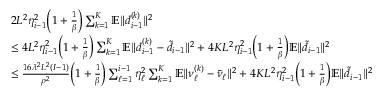
\begin{array} { r l } & { 2 L ^ { 2 } \eta _ { i - 1 } ^ { 2 } \bigg ( 1 + \frac { 1 } { \beta } \bigg ) \sum _ { k = 1 } ^ { K } \mathbb { E } \| d _ { i - 1 } ^ { ( k ) } \| ^ { 2 } } \\ & { \leq 4 L ^ { 2 } \eta _ { i - 1 } ^ { 2 } \bigg ( 1 + \frac { 1 } { \beta } \bigg ) \sum _ { k = 1 } ^ { K } \mathbb { E } \| d _ { i - 1 } ^ { ( k ) } - \tilde { d } _ { i - 1 } \| ^ { 2 } + 4 K L ^ { 2 } \eta _ { i - 1 } ^ { 2 } \bigg ( 1 + \frac { 1 } { \beta } \bigg ) \mathbb { E } \| \tilde { d } _ { i - 1 } \| ^ { 2 } } \\ & { \leq \frac { 1 6 \lambda ^ { 2 } L ^ { 2 } ( I - 1 ) } { \rho ^ { 2 } } \bigg ( 1 + \frac { 1 } { \beta } \bigg ) \sum _ { \ell = 1 } ^ { i - 1 } \eta _ { \ell } ^ { 2 } \sum _ { k = 1 } ^ { K } \mathbb { E } \| \nu _ { \ell } ^ { ( k ) } - \bar { \nu } _ { \ell } \| ^ { 2 } + 4 K L ^ { 2 } \eta _ { i - 1 } ^ { 2 } \bigg ( 1 + \frac { 1 } { \beta } \bigg ) \mathbb { E } \| \tilde { d } _ { i - 1 } \| ^ { 2 } } \end{array}